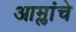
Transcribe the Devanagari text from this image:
आम्लांचे